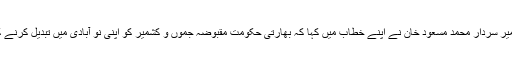
صدر آزاد جموں و کشمیر سردار محمد مسعود خان نے اپنے خطاب میں کہا کہ بھارتی حکومت مقبوضہ جموں و کشمیر کو اپنی نو آبادی میں تبدیل کرنے کی کوشش کررہی ہے۔